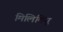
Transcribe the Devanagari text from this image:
मिलिमियू